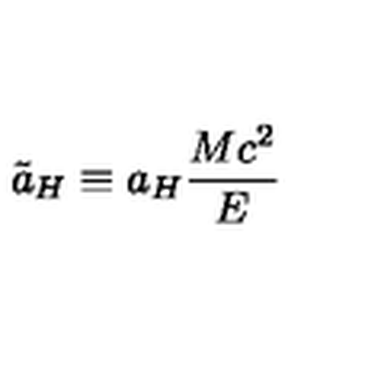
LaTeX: \tilde { a } _ { H } \equiv a _ { H } \frac { M c ^ { 2 } } { E }